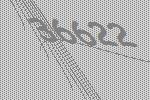
36622